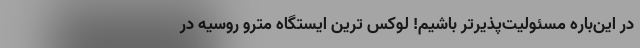
در این‌باره مسئولیت‌پذیرتر باشیم! لوکس ترین ایستگاه مترو روسیه در